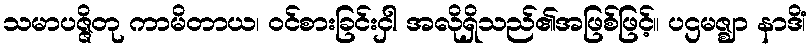
သမာပဇ္ဇိတု ကာမိတာယ၊ ဝင်စားခြင်းငှါ အလိုရှိသည်၏အဖြစ်ဖြင့်။ ပဌမဇ္ဈာ နာဒိံ၊